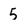
Character: 5